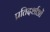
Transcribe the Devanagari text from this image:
प्रतिदर्शाओं